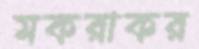
মকরাকর